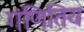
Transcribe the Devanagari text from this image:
गंणितिय